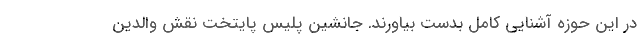
در این حوزه آشنایی کامل بدست بیاورند. جانشین پلیس پایتخت نقش والدین